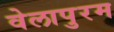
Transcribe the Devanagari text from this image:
वेलापुरम